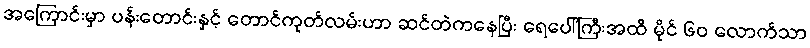
အကြောင်းမှာ ပန်းတောင်းနှင့် တောင်ကုတ်လမ်းဟာ ဆင်တဲကနေပြီး ရေပေါ်ကြီးအထိ မိုင် ၆၀ လောက်သာ